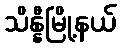
သိန္နီမြို့နယ်